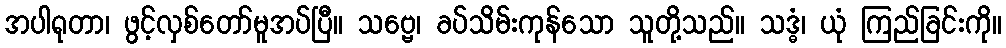
အပါရုတာ၊ ဖွင့်လှစ်တော်မူအပ်ပြီ။ သဗ္ဗေ၊ ခပ်သိမ်းကုန်သော သူတို့သည်။ သဒ္ဓံ၊ ယုံ ကြည်ခြင်းကို။